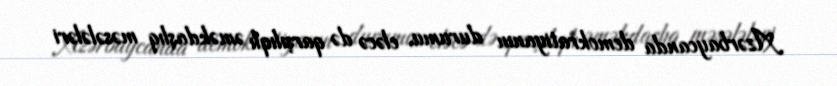
Azərbaycanda demokratiyanın durumu, eləcə də qarşılıqlı əməkdaşlıq məsələləri